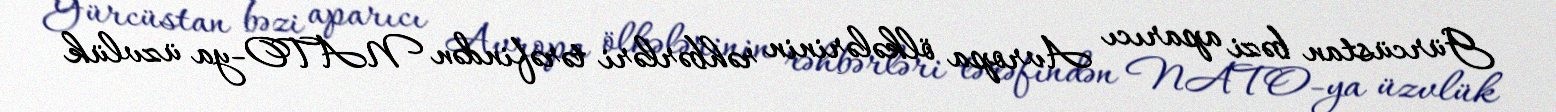
Gürcüstan bəzi aparıcı Avropa ölkələrinin rəhbərləri tərəfindən NATO-ya üzvlük